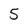
Character: 5